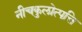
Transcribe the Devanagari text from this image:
नीचकुलोत्पत्ति